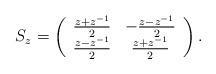
LaTeX: \begin{align*}S_z=\left( \begin{array}{cc} \frac{z+z\sp{-1}}{2} & -\frac{z-z\sp{-1}}{2} \\ \frac{z-z\sp{-1}}{2} & \frac{z+z\sp{-1}}{2} \\ \end{array} \right).\end{align*}